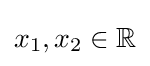
x_{1},x_{2}\in \mathbb {R}